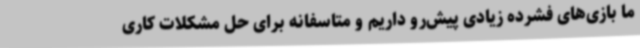
ما بازی‌های فشرده زیادی پیش‌رو داریم و متاسفانه برای حل مشکلات کاری